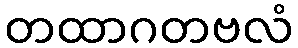
တထာဂတဗလံ